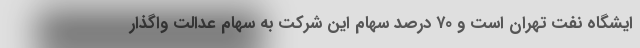
ایشگاه نفت تهران است و ۷۰ درصد سهام این شرکت به سهام عدالت واگذار